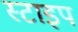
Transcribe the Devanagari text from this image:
स्टाइप